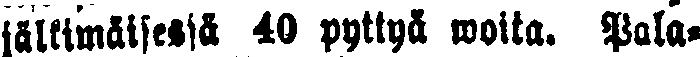
jälkimäisestä 40 pyttyä woita. Pala-